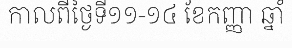
កាលពីថ្ងៃទី១១-១៤ ខែកញ្ញា ឆ្នាំ